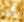
كما